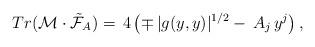
LaTeX: \begin{align*}Tr(\mathcal{M}\cdot\tilde{\mathcal{F}}_A)= \,4\left(\mp\,|g(y,y)|^{1/2}-\,A_j\,y^j\right),\end{align*}